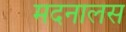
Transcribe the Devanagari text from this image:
मदनालस